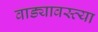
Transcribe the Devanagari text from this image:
वाड्यावस्त्या